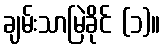
ချမ်းသာမြဲခိုင် (၁)။